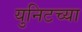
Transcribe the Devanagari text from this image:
युनिटच्या